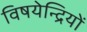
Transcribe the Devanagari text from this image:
विषयेन्द्रियों